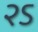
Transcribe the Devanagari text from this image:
२ऽ